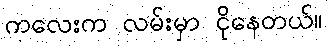
ကလေးက လမ်းမှာ ငိုနေတယ်။